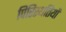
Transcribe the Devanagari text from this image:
पिरिस्थतियों